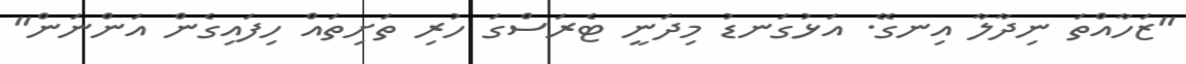
"ޒަހާއްތަ ނިދާލާ އިނގޭ. އަޅުގަނޑު މިދަނީ ޓެރަސްގަ ހުރި ތަށިތައް ހިފައިގެން އަންނަން"